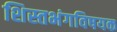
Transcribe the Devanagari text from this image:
शिस्तभंगविषयक